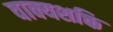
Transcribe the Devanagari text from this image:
वाक्यशक्ति